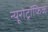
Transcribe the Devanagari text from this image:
न्यूरोट्रॉफिक